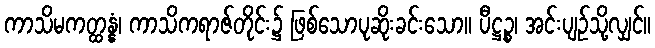
ကာသိမကတ္ထန္နံ၊ ကာသိကရာဇ်တိုင်း၌ ဖြစ်သောပုဆိုးခင်းသော။ ပီဋ္ဌဉ္စ၊ အင်းပျဉ်သို့လျှင်။